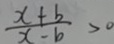
\frac { x + b } { x - b } > 0